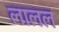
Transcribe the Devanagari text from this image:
लालल